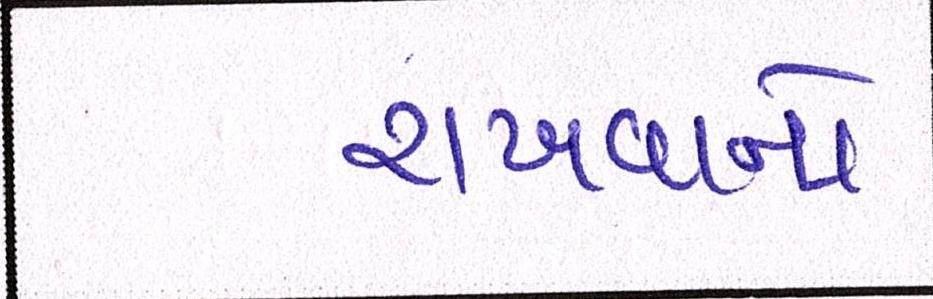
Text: રાખવાનો